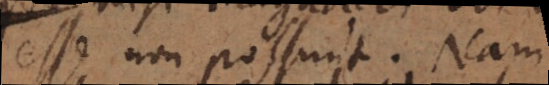
esse non possunt. Nam